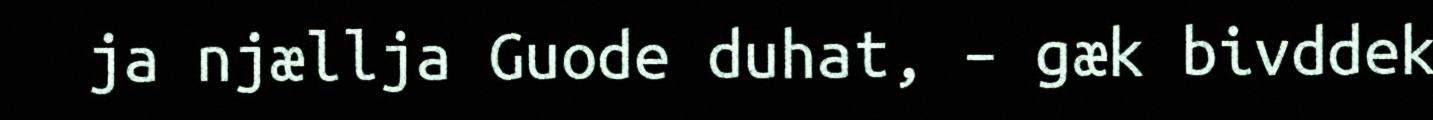
ja njællja Guode duhat, – gæk bivddek